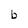
Character: b